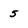
Character: 5